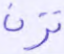
ترن